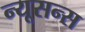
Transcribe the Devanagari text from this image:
न्यूसन्स